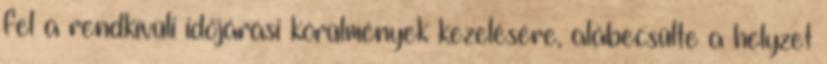
fel a rendkívüli időjárási körülmények kezelésére, alábecsülte a helyzet